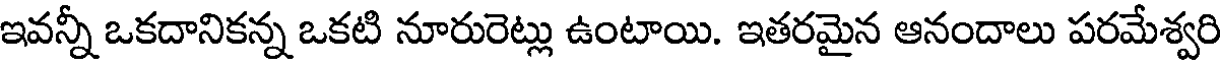
ఇవన్నీ ఒకదానికన్న ఒకటి నూరురెట్లు ఉంటాయి. ఇతరమైన ఆనందాలు పరమేశ్వరి